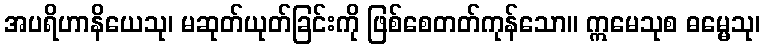
အပရိဟာနိယေသု၊ မဆုတ်ယုတ်ခြင်းကို ဖြစ်စေတတ်ကုန်သော။ ဣမေသုစ ဓမ္မေသု၊